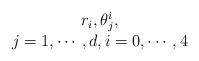
LaTeX: \begin{align*}\begin{array}{c}r_i, \theta_j^i,\\ j=1, \cdots, d, i=0, \cdots, 4\end{array}\end{align*}